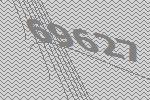
69627